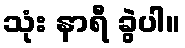
သုံး နာရီ ခွဲပါ။